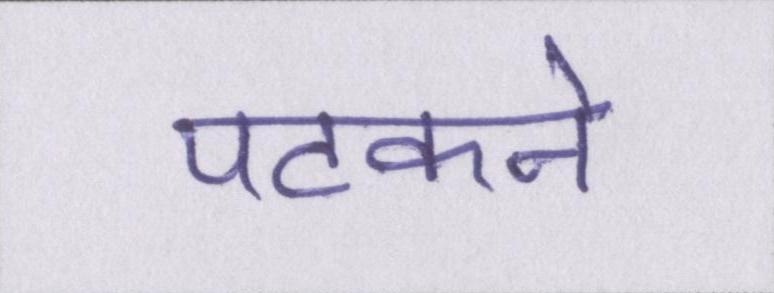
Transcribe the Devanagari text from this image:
पटकने